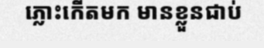
ភ្លោះកើតមក មានខ្លួនជាប់